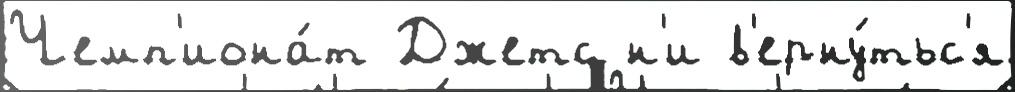
Чемп'иона́т Джетс н'и в'ерну́тьс'я